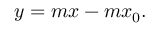
y = m x - m x _ { 0 } .